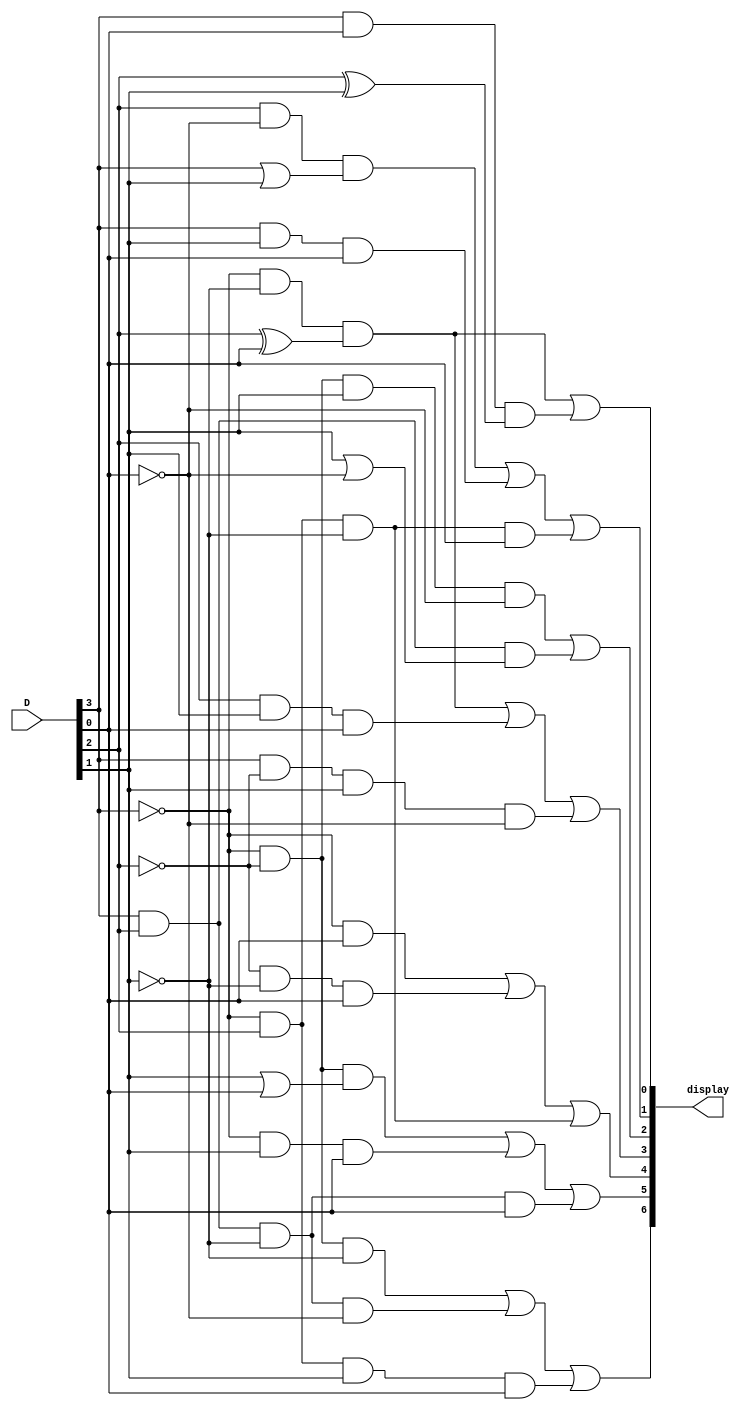
module hex_decoder(input [0:3]D, output [6:0]display);
 
	assign display[0] = (~D[0] & ~D[2] & (D[1]^D[3])) | (D[0] & D[3] & (D[1]^D[2])) ;
	assign display[1] = (D[1] & ~D[3] & (D[0] | D[2])) | (D[0] & D[2] & D[3]) | (~D[0] & D[1] & ~D[2] & D[3]);
	assign display[2] = (~D[0] & ~D[1] & D[2] & ~D[3]) | (D[0] & D[1] & (D[2] | ~D[3]));
	assign display[3] = (~D[0] & ~D[2] & (D[1]^D[3])) | (D[1] & D[2] & D[3]) | (D[0] & ~D[1] & D[2] & ~D[3]);
	assign display[4] = (~D[0] & D[3]) | (~D[1] & ~D[2] & D[3]) | (~D[0] & D[1] & ~D[2]);
	assign display[5] = (~D[0] & ~D[1] & (D[2] | D[3])) | (~D[0] & D[2] & D[3]) | (D[0] & D[1] & ~D[2] & D[3]);
	assign display[6] = (~D[0] & ~D[1] & ~ D[2]) | (D[0] & D[1] & ~D[2] & ~D[3]) | (~D[0] & D[1] & D[2] & D[3]);

endmodule